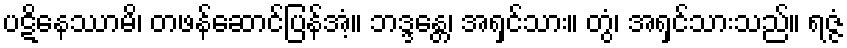
ပဋိနေဿာမိ၊ တဖန်ဆောင်ပြန်အံ့။ ဘဒ္ဒန္တေ၊ အရှင်သား။ တွံ၊ အရှင်သားသည်။ ရဇ္ဇံ